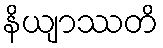
နိယျာဿတိ